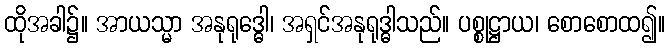
ထိုအခါ၌။ အာယသ္မာ အနုရုဒ္ဓေါ၊ အရှင်အနုရုဒ္ဓါသည်။ ပစ္စုဋ္ဌာယ၊ စောစောထ၍။